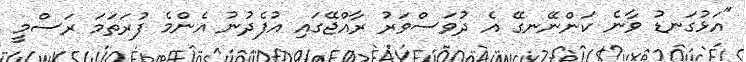
"އަޅުގަނޑު ވާނެ ކަންނޭނގޭ އެ ދުވަސްވަރު ރާއްޖޭގައި އުފެދުނު އެންމެ ފުރަަތަމަ ރަސްމީ